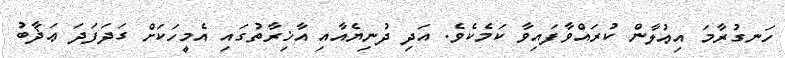
ހަނގުރާމަ އިޢުލާން ކުރައްވާފައިވާ ކަމެކެވެ. އަދި ދުނިޔެއާއި އާޚިރާތުގައި އެމީހަކަށް ގަދަފަދަ ޢަޛާބު